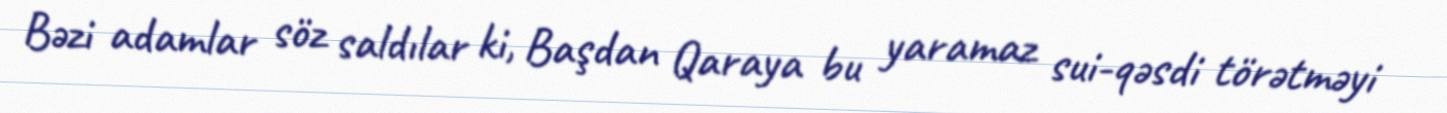
Bəzi adamlar söz saldılar ki, Başdan Qaraya bu yaramaz sui-qəsdi törətməyi